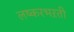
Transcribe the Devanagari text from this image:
लष्करभऱती